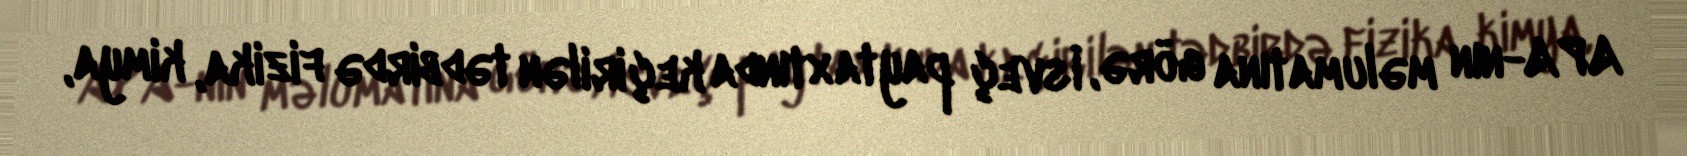
APA-nın məlumatına görə, İsveç paytaxtında keçirilən tədbirdə fizika, kimya,